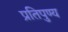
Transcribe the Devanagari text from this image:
प्रतिपुण्य